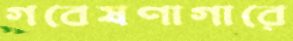
গবেষণাগারে